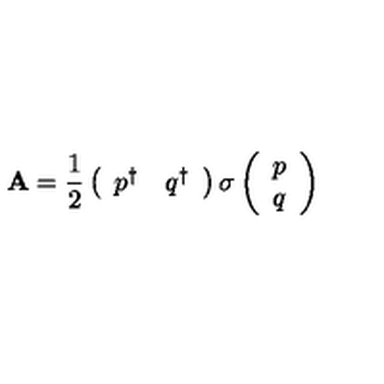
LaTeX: { \bf A } = { \frac { 1 } { 2 } } \left( \begin{array} { c c } { p ^ { \dagger } } & { q ^ { \dagger } } \\ \end{array} \right) { \bf \sigma } \left( \begin{array} { c } { p } \\ { q } \\ \end{array} \right)